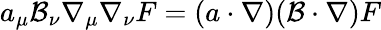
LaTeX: a_{\mu}\mathcal{B}_{\nu}\nabla_{\mu}\nabla_{\nu}F=(a\cdot\nabla)(\mathcal{B}\cdot\nabla)F